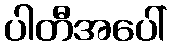
ပါတီအပေါ်